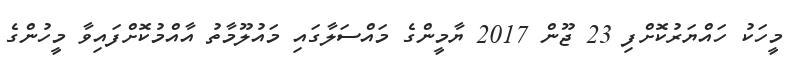
މީހަކު ހައްޔަރުކޮށްފި 23 ޖޫން 2017 ޔާމީންގެ މައްސަލާގައި މައުލޫމާތު އާއްމުކޮށްފައިވާ މީހުންގެ